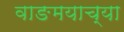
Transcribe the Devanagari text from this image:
वाङमयाच्या